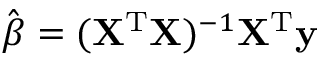
{ \hat { \boldsymbol { \beta } } } = ( \mathbf { X } ^ { \mathrm { { T } } } \mathbf { X } ) ^ { - 1 } \mathbf { X } ^ { \mathrm { { T } } } \mathbf { y }